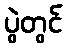
ပွဲတွင်